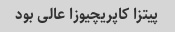
پیتزا کاپریچیوزا عالی بود